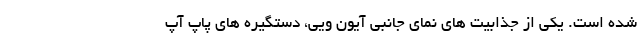
شده است. یکی از جذابیت های نمای جانبی آیون ویی، دستگیره های پاپ آپ